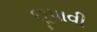
છૂપાવી